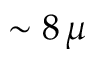
\sim 8 \, \mu